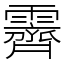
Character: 霽